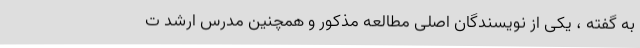
به گفته ، یکی از نویسندگان اصلی مطالعه مذکور و همچنین مدرس ارشد ت